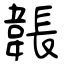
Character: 韔